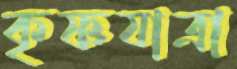
কৃষ্ণযাত্রা